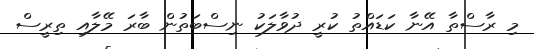
މި ރާސްތާ އޭނާ ކަޑައްތު ކުރީ ދުވާލަކު ނިސްބަތުން ބާރަ މޭލާއި ތިރީސް